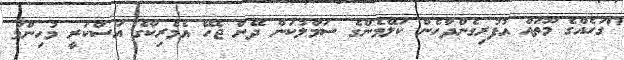
"ގަހެއްގެ މޫތައް އުފުރިގެންދާހެން ކަލޭމެންގެ ސަމާލުކަން ދޭން ޖެހޭ އެމެރިކާގެ އަސްކަރީ މުހިންމު